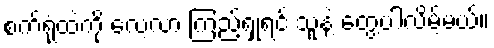
စက်ရုံထဲကို လေ့လာ ကြည့်ရှုရင် သူနဲ့ တွေ့ပါလိမ့်မယ်။